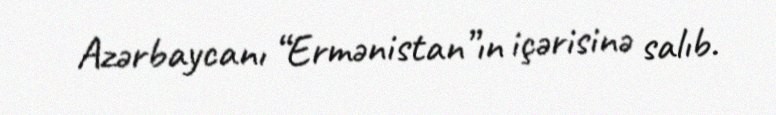
Azərbaycanı “Ermənistan”ın içərisinə salıb.